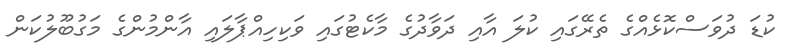
ކުޑަ ދުވަސްކޮޅެއްގެ ތެރޭގައި ކުލަ އާއި ދަވާދުގެ މާކެޓުގައި ވަކިހިއްޕާލައި އާންމުންގެ މަގުބޫލުކަން